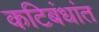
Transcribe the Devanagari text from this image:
कटिबंधांत